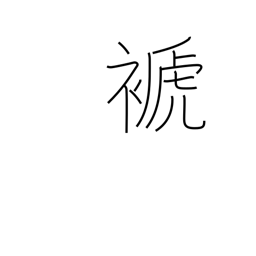
Meaning: rob